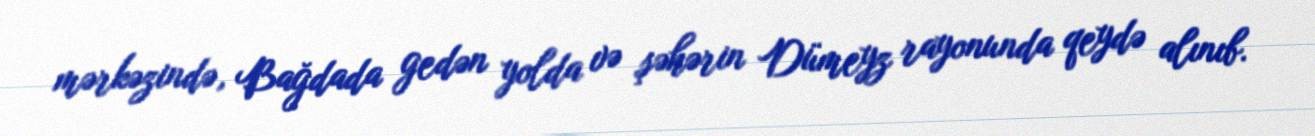
mərkəzində, Bağdada gedən yolda və şəhərin Dümeyz rayonunda qeydə alınıb.